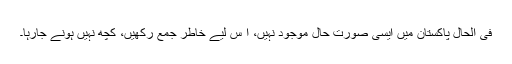
فی الحال پاکستان میں ایسی صورتِ حال موجود نہیں، ا س لیے خاطر جمع رکھیں، کچھ نہیں ہونے جارہا۔